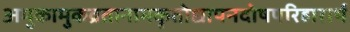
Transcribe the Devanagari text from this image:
अमुकामुकव्रतानामकृतोद्यापनदोषपरिहारार्थ